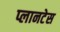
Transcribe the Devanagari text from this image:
प्लानटेस